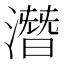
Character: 潛